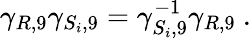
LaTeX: \gamma_{R,9}\gamma_{S_{i},9}=\gamma_{S_{i},9}^{-1}\gamma_{R,9}~.